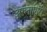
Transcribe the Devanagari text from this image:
अरुनागिरी